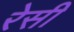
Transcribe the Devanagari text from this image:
रेसी